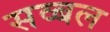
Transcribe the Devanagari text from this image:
सव्बल